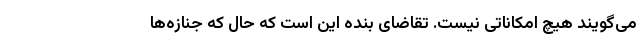
می‌گویند هیچ امکاناتی نیست. تقاضای بنده این است که حال که جنازه‌ها